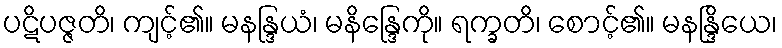
ပဋိပဇ္ဇတိ၊ ကျင့်၏။ မနန္ဒြယံ၊ မနိန္ဒြေကို။ ရက္ခတိ၊ စောင့်၏။ မနန္ဒြိယေ၊